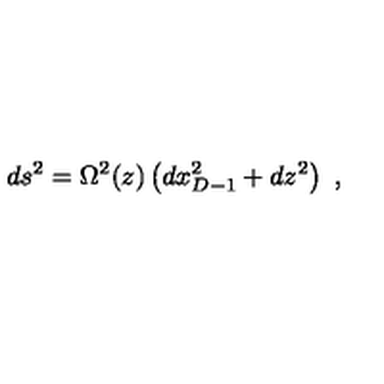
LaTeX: d s ^ { 2 } = \Omega ^ { 2 } ( z ) \left( d x _ { D - 1 } ^ { 2 } + d z ^ { 2 } \right) \ ,